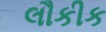
લૌકીક